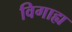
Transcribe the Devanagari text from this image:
विगाह्य